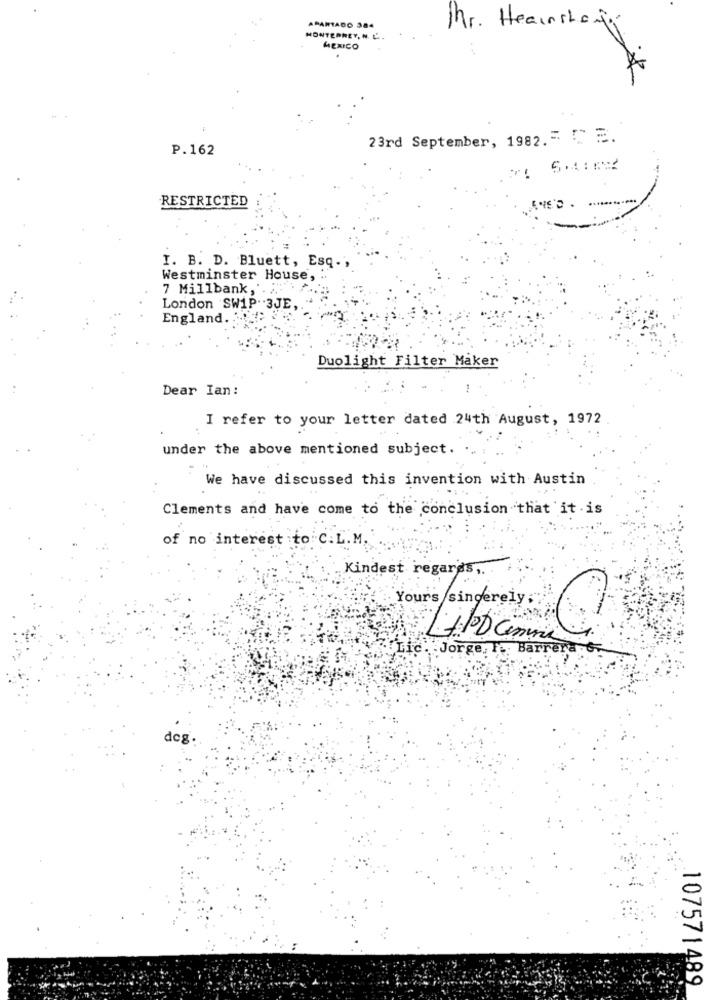
APARTADO 384
Mr. Hearnshogy
MONTERREY, N. L .
MEXICO
23rd September, 1982 .= [ E.
P.162
RESTRICTED
I. B. D. Bluett, Esq .,
Westminster House,
7 Millbank,
London SW1P .. 3JE,
England ..
Duolight Filter Maker
Dear Ian:
I refer to your letter dated 24th August, 1972
under the above mentioned subject.
We have discussed this invention with Austin
Clements and have come to the conclusion that it is
of no interest to C.L.M.
Kindest regards,
Yours sincerely;
Jorge, I
Barrera
deg.
107571489